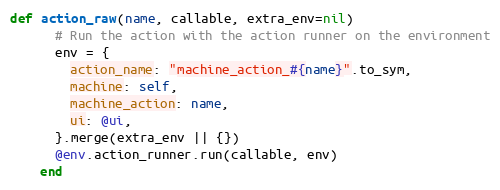
Language: Ruby
def action_raw(name, callable, extra_env=nil)
      # Run the action with the action runner on the environment
      env = {
        action_name: "machine_action_#{name}".to_sym,
        machine: self,
        machine_action: name,
        ui: @ui,
      }.merge(extra_env || {})
      @env.action_runner.run(callable, env)
    end